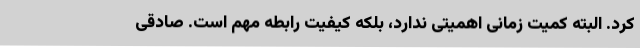
کرد. البته کمیت زمانی اهمیتی ندارد، بلکه کیفیت رابطه مهم است. صادقی